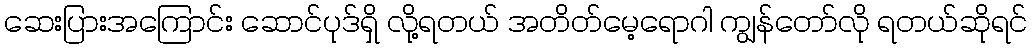
ဆေးပြားအကြောင်း ဆောင်ပုဒ်ရှိ လို့ရတယ် အတိတ်မေ့ရောဂါ ကျွန်တော်လို ရတယ်ဆိုရင်